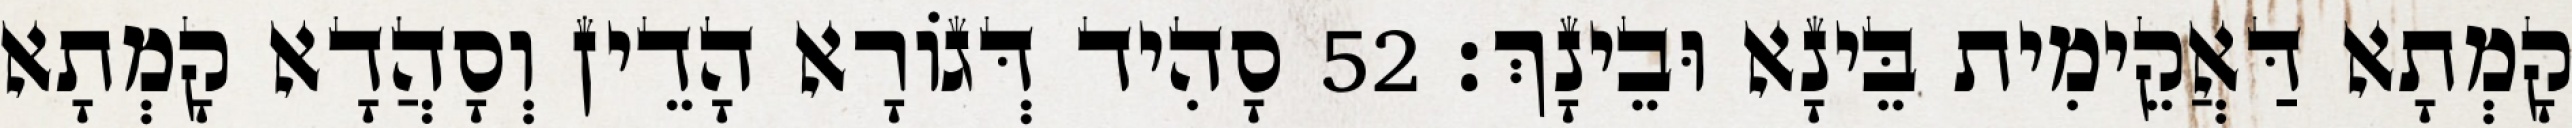
קָמְתָא דַּאֲקֵימִית בֵּינָא וּבֵינָךְ׃ 52 סָהִיד דְּגוֹרָא הָדֵין וְסָהֲדָא קָמְתָא